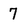
Character: 7